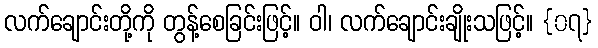
လက်ချောင်းတို့ကို တွန့်စေခြင်းဖြင့်။ ဝါ၊ လက်ချောင်းချိုးသဖြင့်။ {၀၇}